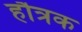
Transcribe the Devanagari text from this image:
हौत्रक